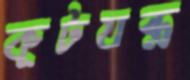
কূটযন্ত্র